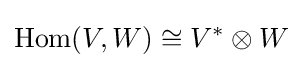
\operatorname {Hom} (V,W)\cong V^{*}\otimes W